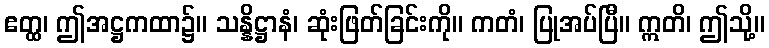
ဧတ္ထ၊ ဤအဋ္ဌကထာ၌။ သန္နိဋ္ဌာနံ၊ ဆုံးဖြတ်ခြင်းကို။ ကတံ၊ ပြုအပ်ပြီ။ ဣတိ၊ ဤသို့။